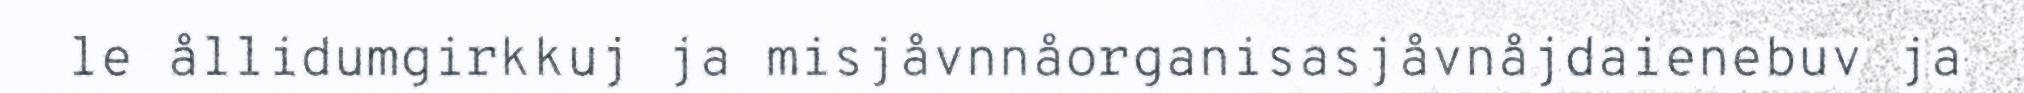
le ållidumgirkkuj ja misjåvnnåorganisasjåvnåjdaienebuv ja